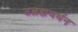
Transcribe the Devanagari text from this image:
उब्रह्मवर्धन